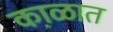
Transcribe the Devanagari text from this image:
का़ळात